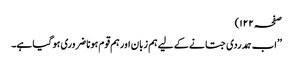
صفحہ ۱۲۲)
’’اب ہمدردی جتانے کے لیے ہم زبان اور ہم قوم ہونا ضروری ہو گیا ہے۔